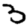
Digit: 3